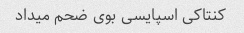
کنتاکی اسپایسی بوی ضحم میداد